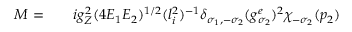
\begin{array} { r l r } { { \cal M } = } & { { } } & { i g _ { Z } ^ { 2 } ( 4 E _ { 1 } E _ { 2 } ) ^ { 1 / 2 } ( l _ { i } ^ { 2 } ) ^ { - 1 } \delta _ { \sigma _ { 1 } , - \sigma _ { 2 } } ( g _ { \sigma _ { 2 } } ^ { e } ) ^ { 2 } \chi _ { - \sigma _ { 2 } } ( p _ { 2 } ) } \end{array}